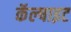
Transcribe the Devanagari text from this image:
कॅल्षाइट